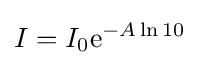
I=I_{0}\mathrm {e} ^{-A\ln 10}